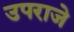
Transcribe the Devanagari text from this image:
उपराजे